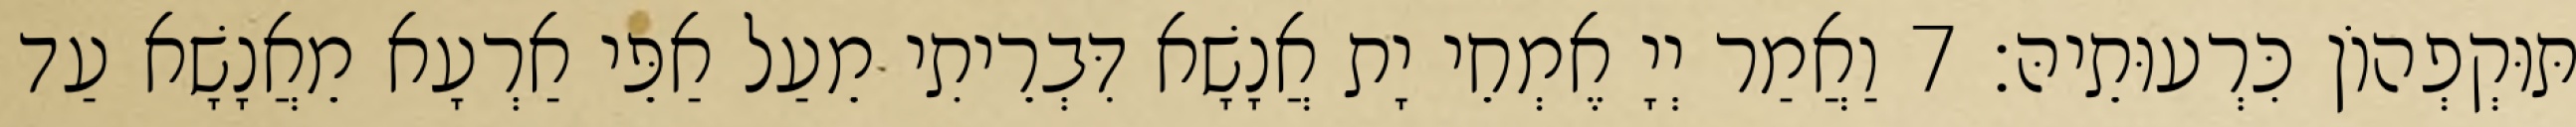
תּוּקְפְהוֹן כִּרְעוּתֵיהּ׃ 7 וַאֲמַר יְיָ אֶמְחֵי יָת אֲנָשָׁא דִּבְרֵיתִי מֵעַל אַפֵּי אַרְעָא מֵאֲנָשָׁא עַד